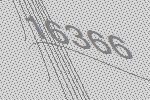
16366